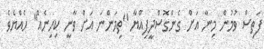
ފަތިސް ވުމުން މިނާ އަށް ގެންގޮސްދީފިއްޔާ "ތިމަންނަ އަށް ވާނީ ކިހިނެއް" ހެއްޔެވެ